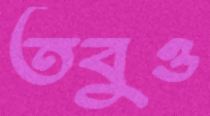
তবুও